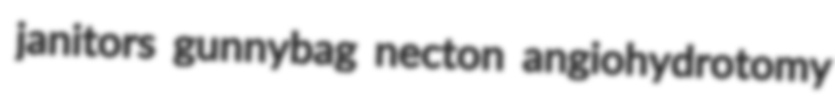
janitors gunnybag necton angiohydrotomy